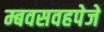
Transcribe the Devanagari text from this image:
म्बवसवहपेजे